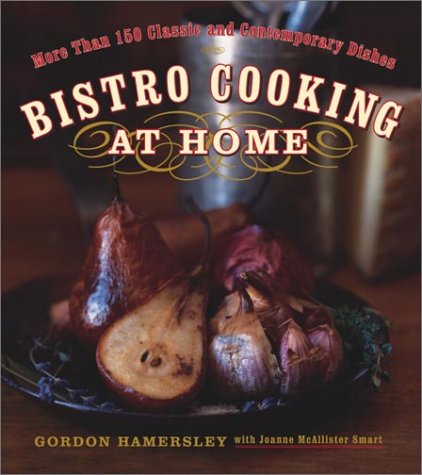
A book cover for Bistro Cooking at Home; Gordon Hamersley; Cookbooks, Food & Wine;